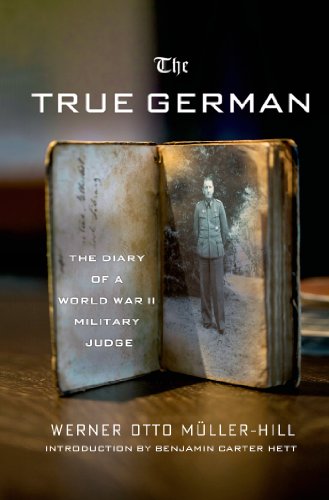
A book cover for The True German: The Diary of a World War II Military Judge; Werner Otto Mueller-Hill; Literature & Fiction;